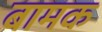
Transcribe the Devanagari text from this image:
बामक